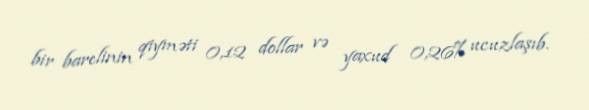
bir barelinin qiyməti 0,12 dollar və yaxud 0,26% ucuzlaşıb.